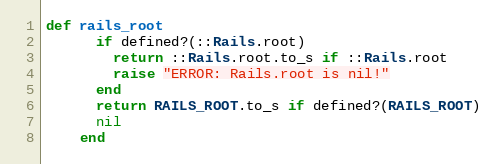
Language: Ruby
def rails_root
      if defined?(::Rails.root)
        return ::Rails.root.to_s if ::Rails.root
        raise "ERROR: Rails.root is nil!"
      end
      return RAILS_ROOT.to_s if defined?(RAILS_ROOT)
      nil
    end